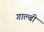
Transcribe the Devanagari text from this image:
गाल्बी